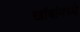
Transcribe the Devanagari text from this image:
खांबांमध्ये